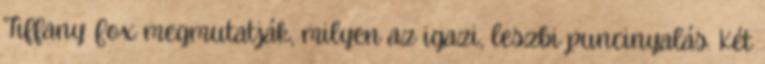
Tiffany Fox megmutatják, milyen az igazi, leszbi puncinyalás. Két